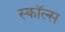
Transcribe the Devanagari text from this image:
स्कॉल्स